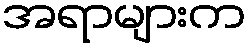
အရာများက